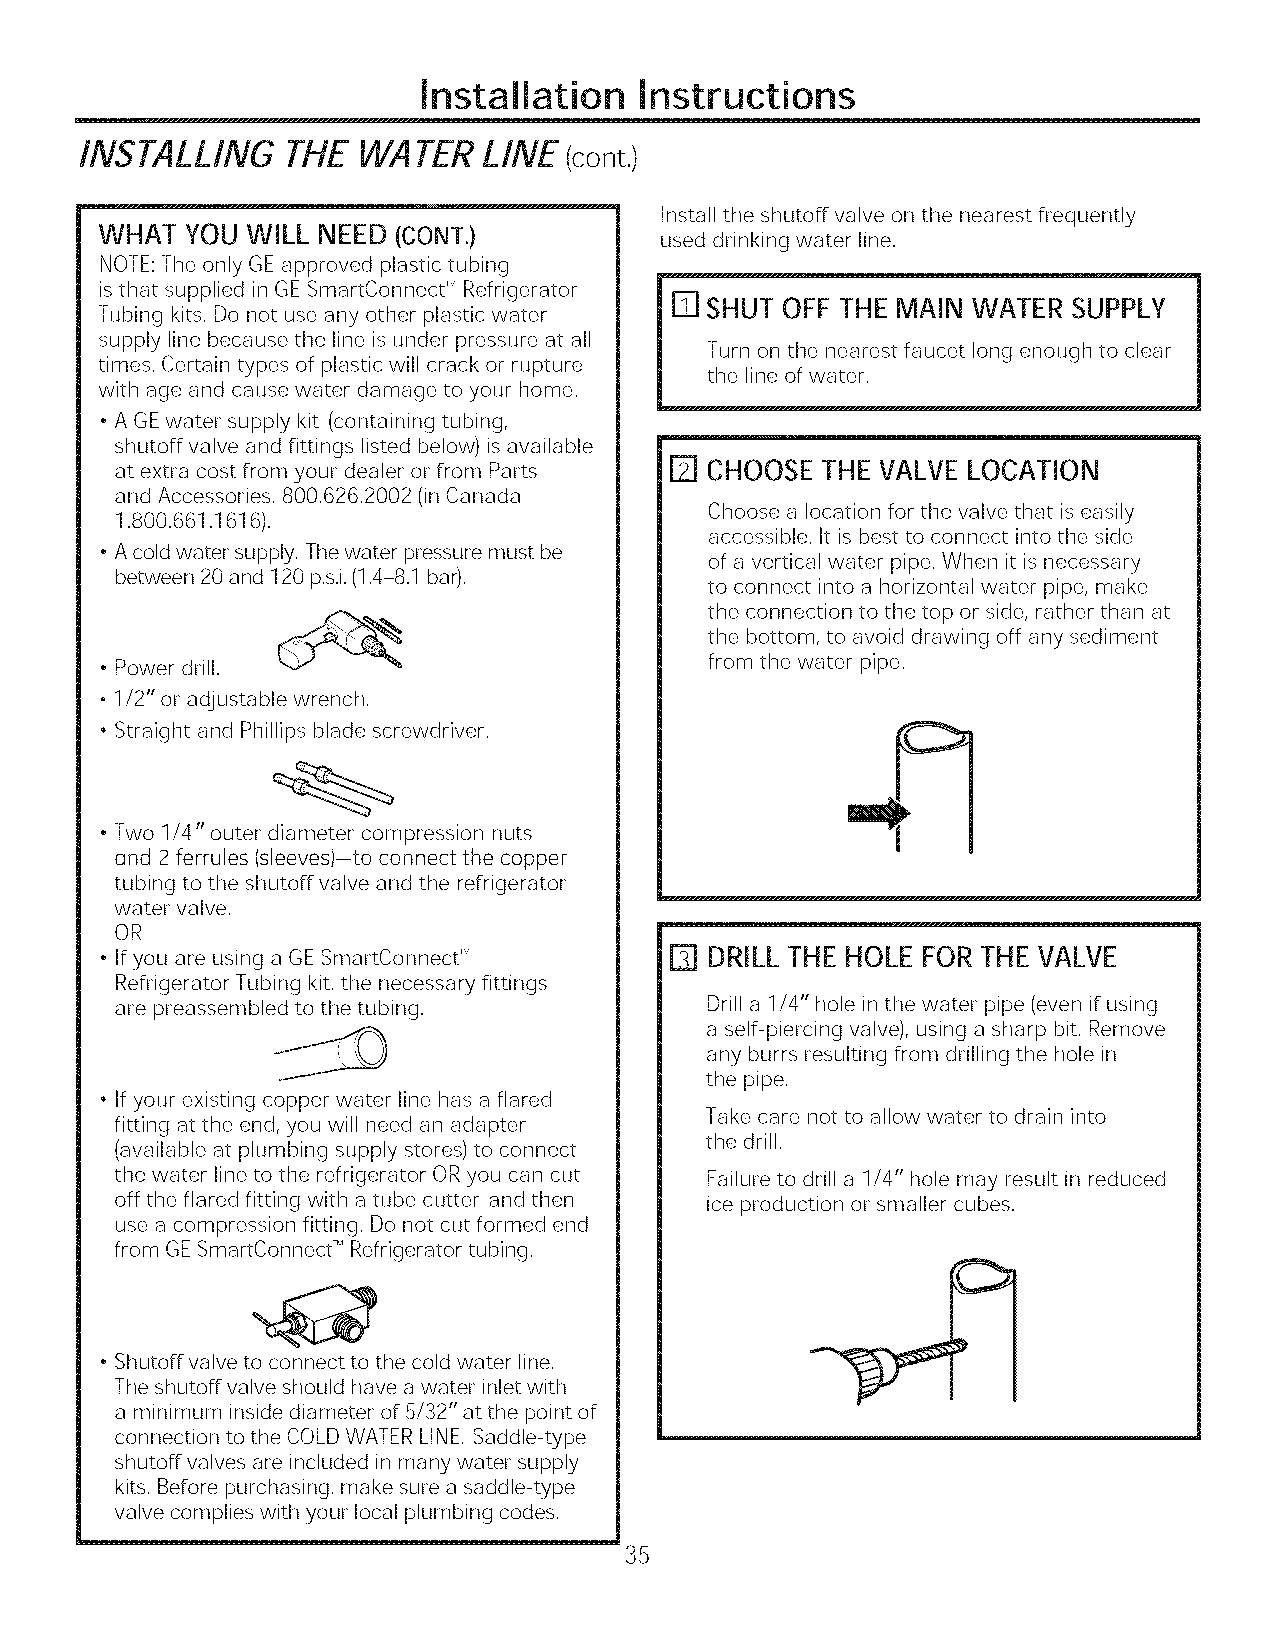
Installation  Instructions
 INSTALLING    THEWATE!?LINE      (cont,)
 Install the shutoff valve on the nearest frequently
 WHAT  YOUWILL  NEED (CONT.)           used drinking water line.
 NOTE:The only GEapproved plastic tubing
 isthat supplied in GESmartConnect _MRefrigerator
 IT] SHUT OFF THE MAIN WATER SUPPLY
 Tubing kits. Do not use any other plastic water
 supply line because the line isunder pressure at all
 Turn on the nearest faucet long enough to clear
 times. Certain types of plastic will crack or rupture the line of water.
 with age and cause water damage to your home.
 • AGE water supply kit (containing tubing,
 shutoff valve and fittings listed below)is available
 at extra cost from your dealer or from Parts IT] CHOOSE THE VALVE LOCATION
 and Accessories, 800.626.2002 (in Canada
 Choose a location for the valve that is easily
 1.800.661.1616).
 accessible. It is best to connect into the side
 • Acold water supply. Thewater pressure must be
 of avertical water pipe. When it is necessary
 between 20 and 120 p.s.i.(1.4-8.1 bar).
 to connect into a horizontal water pipe, make
 the connection to the top or side, rather than at
 the bottom, to avoid drawing off any sediment
 • Power drill. "--_ _                   from the water pipe.
 .1/2" or adjustable wrench.
 • Straight and Phillips blade screwdriver.
 • Two 1/4" outer diameter compression nuts
 and 2ferrules (sleeves)-to connect the copper
 tubing to the shutoff valve and the refrigerator
 water valve.
 OR
 • Ifyou are using aGESmartConnect rM D  DRILL THE HOLE FORTHEVALVE
 Refrigerator Tubing kit, the necessary fittings
 are preassembled to the tubing.        Drill a 1/4" hole inthe water pipe (even if using
 a self-piercing valve), using a sharp bit. Remove
 any burrs resulting from drilling the hole in
 the pipe.
 • Ifyour existing copper water line has aflared
 Take care not to allow water to drain into
 fitting at the end, you will need an adapter
 the drill.
 (available at plumbing supply stores) to connect
 the water line to the refrigerator ORyou can cut Failure to drill a 1/4" hole may result in reduced
 off the flared fitting with a tube cutter and then ice production or smaller cubes.
 use a compression fitting. Do not cut formed end
 from GESmartConnect _MRefrigerator tubing.
 • Shutoff valve to connect to the cold water line.
 The shutoff valve should have a water inlet with
 a minimum inside diameter of 5/32" at the point of
 connection to the COLDWATERLINE. Saddle-type
 shutoff valves are included in many water supply
 kits. Before purchasing, make sure asaddle-type
 valve complies with your local plumbing codes.
 35